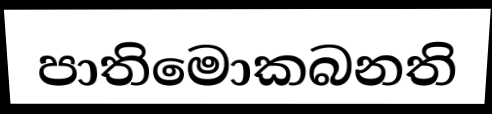
පාතිමොකබනති